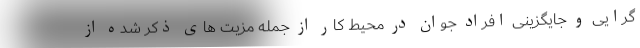
گرایی و جایگزینی افراد جوان در محیط کار از جمله مزیت های ذکر شده از